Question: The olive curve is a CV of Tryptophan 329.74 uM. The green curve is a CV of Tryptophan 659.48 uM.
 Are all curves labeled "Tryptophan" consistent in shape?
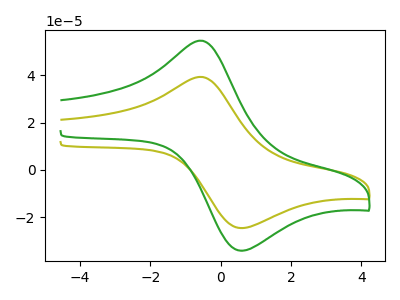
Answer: <think>The olive curve "Tryptophan 329.74 uM" has an anodic peak at (-0.55V, 39.35uA) and a cathodic peak at (0.60V, -24.60uA). The green curve "Tryptophan 659.48 uM" has an anodic peak at (-0.55V, 54.65uA) and a cathodic peak at (0.60V, -34.15uA).
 All the peaks in "Tryptophan 329.74 uM" have a peak in "Tryptophan 659.48 uM" at the same potential. Every peak in "Tryptophan 329.74 uM" is lower than every peak in "Tryptophan 659.48 uM".</think>
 <answer>All the CV's of "Tryptophan" have similar shape.</answer>
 <eval>follow_rule</eval>